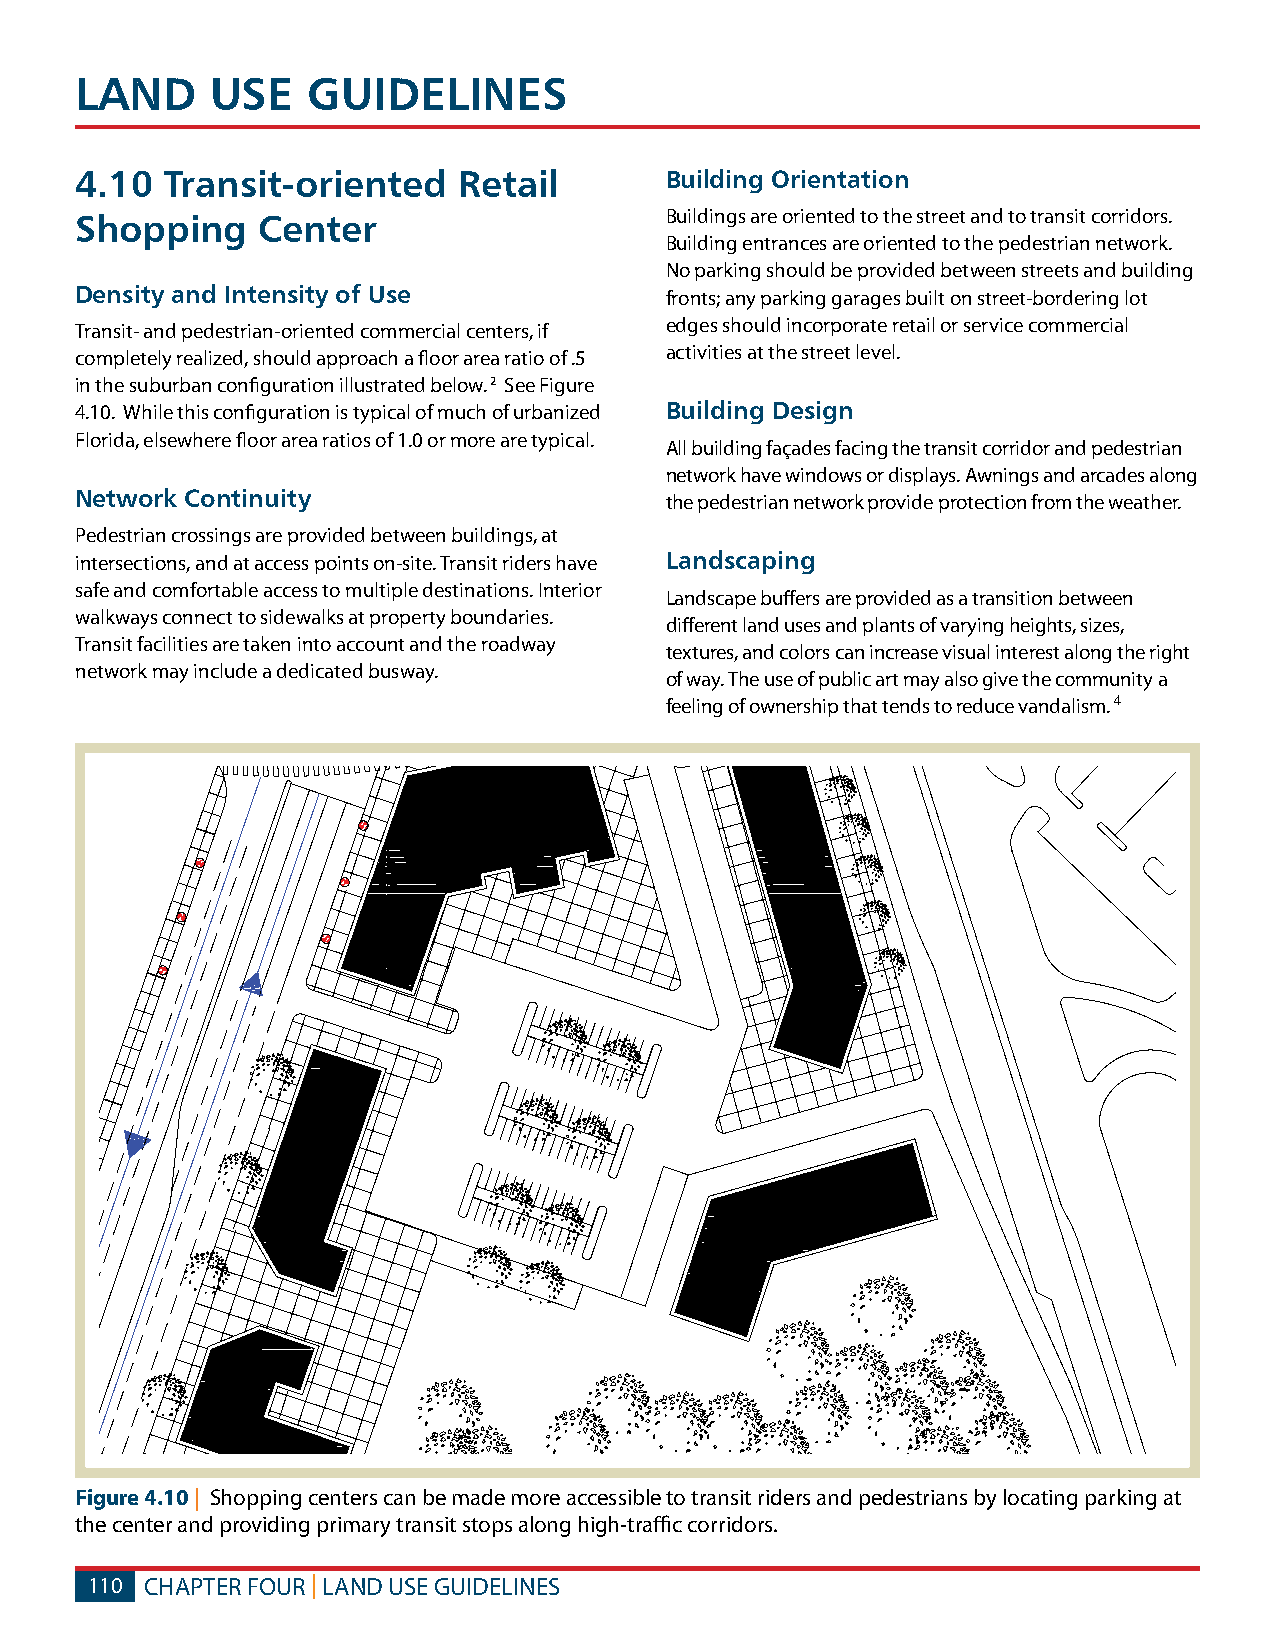
LAND     USE   GUIDELINES
 4.10  Transit-oriented   Retail        Building Orientation
 Shopping    Center                     Buildings are oriented to the street and to transit corridors.
 Building entrances are oriented to the pedestrian network.
 No parking should be provided between streets and building
 Density and Intensity of Use           fronts; any parking garages built on street-bordering lot
 edges should incorporate retail or service commercial
 Transit- and pedestrian-oriented commercial centers, if
 completely realized, should approach a floor area ratio of .5
 activities at the street level.
 in the suburban configuration illustrated below. 2 See Figure
 4.10. While this configuration is typical of much of urbanized Building Design
 Florida, elsewhere floor area ratios of 1.0 or more are typical.
 All building façades facing the transit corridor and pedestrian
 network have windows or displays. Awnings and arcades along
 Network Continuity                     the pedestrian network provide protection from the weather.
 Pedestrian crossings are provided between buildings, at
 intersections, and at access points on-site. Transit riders have Landscaping
 safe and comfortable access to multiple destinations. Interior
 Landscape buffers are provided as a transition between
 walkways connect to sidewalks at property boundaries.
 different land uses and plants of varying heights, sizes,
 Transit facilities are taken into account and the roadway
 textures, and colors can increase visual interest along the right
 network may include a dedicated busway.
 of way. The use of public art may also give the community a
 feeling of ownership that tends to reduce vandalism. 4
 Figure 4.10 | Shopping centers can be made more accessible to transit riders and pedestrians by locating parking at
 the center and providing primary transit stops along high-traffic corridors.
 110 CHAPTER FOUR | LAND USE GUIDELINES